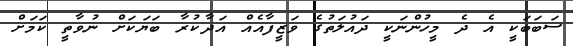
ސަބަބަކީ އެ ދެ މީހުންނަކީ ދައުލަތުގެ ވަޒީފާއެއް އަދާކުރާ ބަޔަކަށް ނުވާތީ ކަމަށް